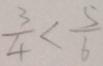
\frac { 3 } { 4 } < \frac { 5 } { 6 }